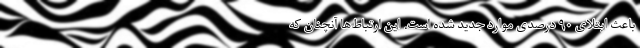
باعث ابتلای ۹۰ درصدی موارد جدید شده است. این ارتباط‌ها آنچنان که